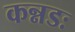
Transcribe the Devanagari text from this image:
कन्नडः